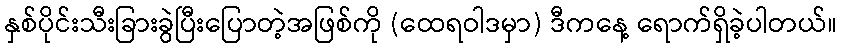
နှစ်ပိုင်းသီးခြားခွဲပြီးပြောတဲ့အဖြစ်ကို (ထေရဝါဒမှာ) ဒီကနေ့ ရောက်ရှိခဲ့ပါတယ်။